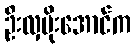
ဦးလှမိုးအောင်က